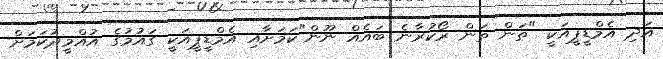
އަދި އެމްޑީޕީއަކީ "ތަން ތަން ރޯކުރާނެ ބައެއް ނޫން"ކަމަށާއި އެމްޑީޕީއަކީ ގައުމުގެ އުއްމީދުކަމަށް